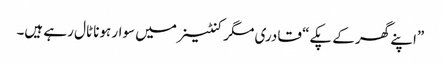
”اپنے گھر کے پکے“ قادری مگر کنٹینر میں سوار ہونا ٹال رہے ہیں۔